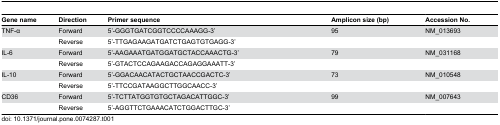
<table><thead><tr><td><b>Gene name</b></td><td><b>Direction</b></td><td><b>Primer sequence</b></td><td><b>Amplicon size (bp)</b></td><td><b>Accession No.</b></td></tr></thead><tbody><tr><td>TNF-α</td><td>Forward</td><td>5’-GGGTGATCGGTCCCCAAAGG-3’</td><td>95</td><td>NM_013693</td></tr><tr><td></td><td>Reverse</td><td>5’-TTGAGAAGATGATCTGAGTGTGAGG-3’</td><td></td><td></td></tr><tr><td>IL-6</td><td>Forward</td><td>5’-AAGAAATGATGGATGCTACCAAACTG-3’</td><td>79</td><td>NM_031168</td></tr><tr><td></td><td>Reverse</td><td>5’-GTACTCCAGAAGACCAGAGGAAATT-3’</td><td></td><td></td></tr><tr><td>IL-10</td><td>Forward</td><td>5’-GGACAACATACTGCTAACCGACTC-3’</td><td>73</td><td>NM_010548</td></tr><tr><td></td><td>Reverse</td><td>5’-TTCCGATAAGGCTTGGCAACC-3’</td><td></td><td></td></tr><tr><td>CD36</td><td>Forward</td><td>5’-TCTTATGGTGTGCTAGACATTGGC-3’</td><td>99</td><td>NM_007643</td></tr><tr><td></td><td>Reverse</td><td>5’-AGGTTCTGAAACATCTGGACTTGC-3’</td><td></td><td></td></tr></tbody></table>